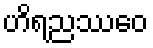
ဟိရညဿေဝ